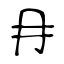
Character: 冄